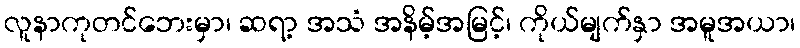
လူနာကုတင်ဘေးမှာ၊ ဆရာ့ အသံ အနိမ့်အမြင့်၊ ကိုယ်မျက်နှာ အမူအယာ၊